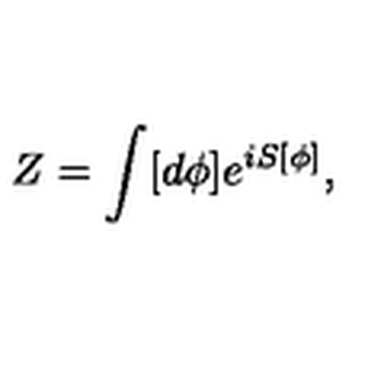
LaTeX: Z = \int [ d \phi ] e ^ { i S [ \phi ] } ,